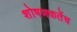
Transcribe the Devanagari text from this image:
शोषणकर्तेच